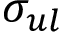
\sigma _ { u l }